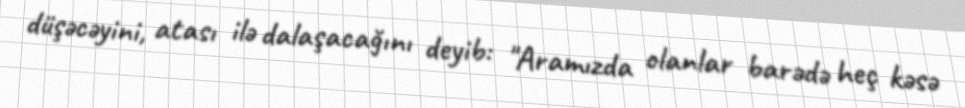
düşəcəyini, atası ilə dalaşacağını deyib: "Aramızda olanlar barədə heç kəsə